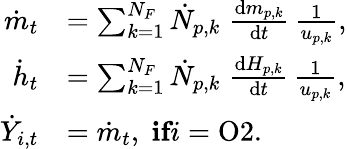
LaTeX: \begin{array}{rl}{\dot{m}_{t}}&{=\sum_{k=1}^{N_{F}}\dot{N}_{p,k}\; \frac{\mathrm{d}m_{p,k}}{\mathrm{d}t}\, \frac{1}{u_{p,k}},}\\ {\dot{h}_{t}}&{=\sum_{k=1}^{N_{F}}\dot{N}_{p,k}\; \frac{\mathrm{d}H_{p,k}}{\mathrm{d}t}\, \frac{1}{u_{p,k}},}\\ {\dot{Y}_{i,t}}&{=\dot{m}_{t},\; \textbf{if}i=\mathrm{O2}.}\end{array}